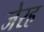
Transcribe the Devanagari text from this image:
जेरह